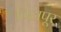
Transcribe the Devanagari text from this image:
विहापूर